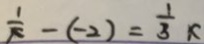
\frac { 1 } { \pi } - ( - 2 ) = \frac { 1 } { 3 } x